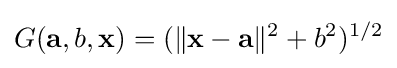
G(\mathbf {a} ,b,\mathbf {x} )=(\|\mathbf {x} -\mathbf {a} \|^{2}+b^{2})^{1/2}